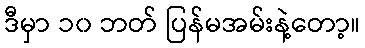
ဒီမှာ ၁၀ ဘတ် ပြန်မအမ်းနဲ့တော့။